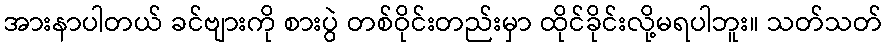
အားနာပါတယ် ခင်ဗျားကို စားပွဲ တစ်ဝိုင်းတည်းမှာ ထိုင်ခိုင်းလို့မရပါဘူး။ သတ်သတ်